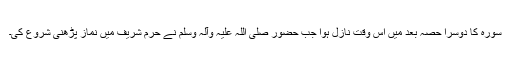
سورہ کا دوسرا حصہ بعد میں اس وقت نازل ہوا جب حضور صلی اللہ علیہ وآلہ وسلم نے حرم شریف میں نماز پڑھنی شروع کی۔